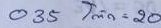
035 = โต๊ด - 20